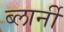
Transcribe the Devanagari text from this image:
ब्लार्नी